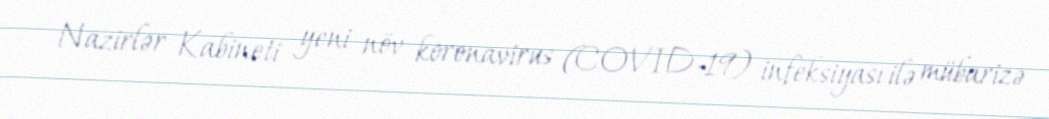
Nazirlər Kabineti yeni növ koronavirus (COVID-19) infeksiyası ilə mübarizə